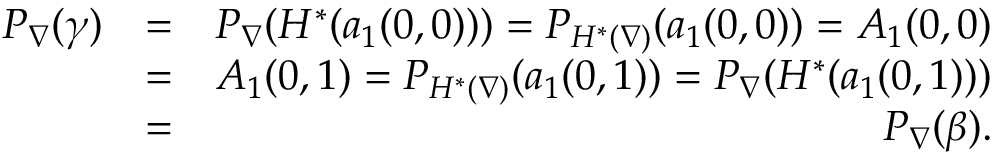
\begin{array} { r l r } { P _ { \nabla } ( \gamma ) } & { = } & { P _ { \nabla } ( H ^ { * } ( a _ { 1 } ( 0 , 0 ) ) ) = P _ { H ^ { * } ( \nabla ) } ( a _ { 1 } ( 0 , 0 ) ) = A _ { 1 } ( 0 , 0 ) } \\ & { = } & { A _ { 1 } ( 0 , 1 ) = P _ { H ^ { * } ( \nabla ) } ( a _ { 1 } ( 0 , 1 ) ) = P _ { \nabla } ( H ^ { * } ( a _ { 1 } ( 0 , 1 ) ) ) } \\ & { = } & { P _ { \nabla } ( \beta ) . } \end{array}